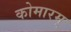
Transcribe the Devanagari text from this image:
कोमारम्